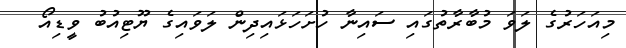
މިއަހަރުގެ ލަވަ މުބާރާތުގައި ސައިނާ ހުށަހަޅައިދިން ލަވައިގެ ޔޫޓިއުބު ވީޑިއޯ